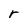
Character: r